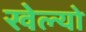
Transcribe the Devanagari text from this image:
खेल्यो